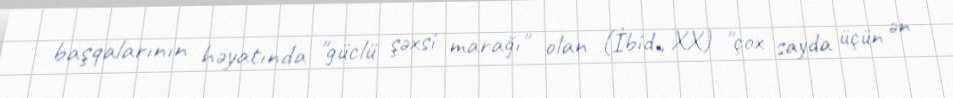
başqalarının həyatında "güclü şəxsi marağı" olan (İbid., XX) "çox sayda üçün ən